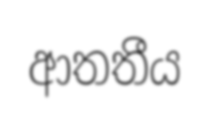
ආතතීය